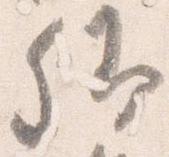
卿